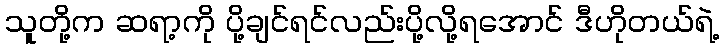
သူတို့က ဆရာ့ကို ပို့ချင်ရင်လည်းပို့လို့ရအောင် ဒီဟိုတယ်ရဲ့